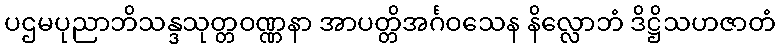
ပဌမပုညာဘိသန္ဒသုတ္တဝဏ္ဏနာ အာပတ္တိအင်္ဂဝသေန နိလ္လောဘံ ဒိဋ္ဌိသဟဇာတံ